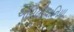
એમિલીયાનિયા